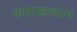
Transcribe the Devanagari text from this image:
कज़ाखस्थान